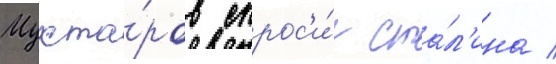
Мухта́ров спрос'и́л ста́л'ина /